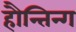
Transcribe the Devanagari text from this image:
हौन्तिन्ग